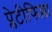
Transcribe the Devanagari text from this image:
प्लेटीफिल्ला